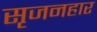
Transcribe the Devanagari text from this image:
सृजनहार